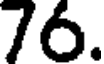
76.